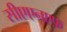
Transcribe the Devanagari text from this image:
सीएएनएफ़